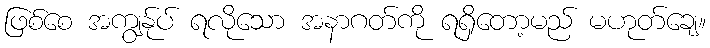
ဖြစ်စေ အကျွန်ုပ် ရလိုသော အနာဂတ်ကို ရရှိတော့မည် မဟုတ်ချေ။